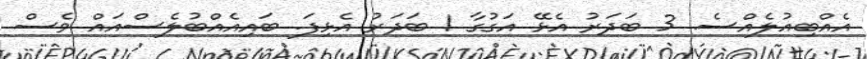
އެއްބިއުުލެއްސެ. 3 ބަދަރު އެޅޭ އަގުގާ 1 ބަދަރު އެޅިފަ. ބައިއެއްބުލެސްއައް ވެސް